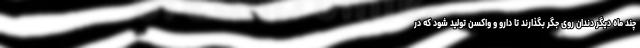
چند ماه دیگر دندان روی جگر بگذارند تا دارو و واکسن تولید شود که در